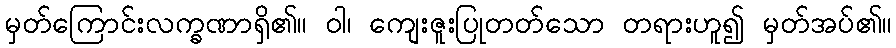
မှတ်ကြောင်းလက္ခဏာရှိ၏။ ဝါ၊ ကျေးဇူးပြုတတ်သော တရားဟူ၍ မှတ်အပ်၏။